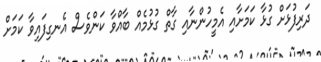
ދަރިފުޅަށް ގުޅާ ކަމަށާއި އެމީހުންނާއި ގާތް ގުޅުމެއް ބާއްވާ ކަންވެސް އެނގިފައިވާ ކަމަށް